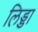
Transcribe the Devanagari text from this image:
लिड्डा